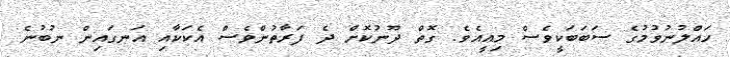
ހައްލުނުވުމުގެ ސަބަބަކީވެސް މިއީއެވެ. ގޮތް ދޫނުކޮށް ދެ ފަރާތުންވެސް އެކަކާއި އަނގައިން ނުބުނެ